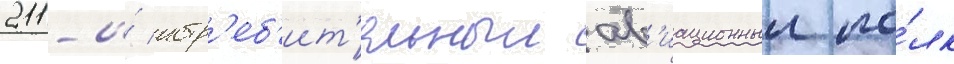
211-и́ истр'еб'ит'ельныи ав'иационныи по́лк